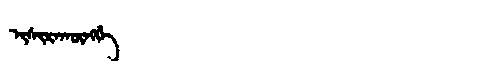
Manchu: ᡳᠰᡳᡵᠠᡴᡡᠩᡤᡝ
Romanization: ISIRAKŪNGGE